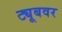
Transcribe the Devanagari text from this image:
ट्यूबवर